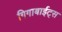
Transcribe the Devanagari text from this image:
गिगाबाईट्स